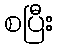
စပြီး